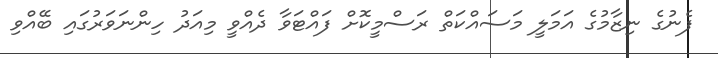
ފެނުގެ ނިޒާމުގެ އަމަލީ މަސައްކަތް ރަސްމީކޮށް ފައްޓަވާ ދެއްވީ މިއަދު ހިންނަވަރުގައި ބޭއްވި